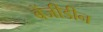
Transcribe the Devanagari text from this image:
बेंजीडीन